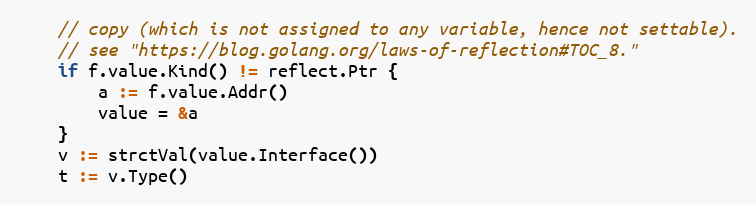
Language: Go
	// copy (which is not assigned to any variable, hence not settable).
	// see "https://blog.golang.org/laws-of-reflection#TOC_8."
	if f.value.Kind() != reflect.Ptr {
		a := f.value.Addr()
		value = &a
	}
	v := strctVal(value.Interface())
	t := v.Type()